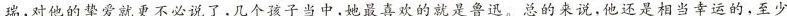
瑞,对他的挚爱就更不必说了,几个孩子当中,她最喜欢的就是鲁迅。总的来说,他还是相当幸运的,至少